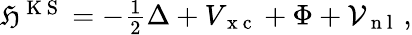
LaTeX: \begin{array}{r}{\mathfrak{H}^{\mathrm{~K~S~}}=-\frac{1}{2}\Delta+V_{\mathrm{~x~c~}}+\Phi+\mathcal{V}_{\mathrm{~n~l~}}\, ,}\end{array}